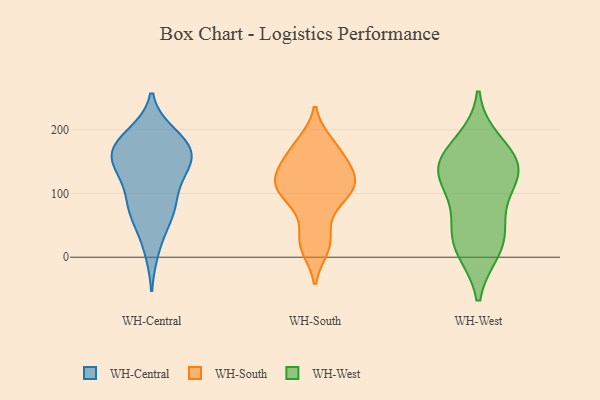
{"axis": {"x": "Backlog", "y": "Value"}, "legend": ["WH-Central", "WH-South", "WH-West"], "data": [{"x": "", "y": 72, "type": "WH-Central"}, {"x": "", "y": 150, "type": "WH-Central"}, {"x": "", "y": 55, "type": "WH-Central"}, {"x": "", "y": 151, "type": "WH-Central"}, {"x": "", "y": 107, "type": "WH-Central"}, {"x": "", "y": 192, "type": "WH-Central"}, {"x": "", "y": 131, "type": "WH-Central"}, {"x": "", "y": 173, "type": "WH-Central"}, {"x": "", "y": 185, "type": "WH-Central"}, {"x": "", "y": 141, "type": "WH-Central"}, {"x": "", "y": 12, "type": "WH-Central"}, {"x": "", "y": 169, "type": "WH-Central"}, {"x": "", "y": 155, "type": "WH-Central"}, {"x": "", "y": 79, "type": "WH-Central"}, {"x": "", "y": 81, "type": "WH-Central"}, {"x": "", "y": 180, "type": "WH-Central"}, {"x": "", "y": 95, "type": "WH-South"}, {"x": "", "y": 147, "type": "WH-South"}, {"x": "", "y": 181, "type": "WH-South"}, {"x": "", "y": 19, "type": "WH-South"}, {"x": "", "y": 177, "type": "WH-South"}, {"x": "", "y": 105, "type": "WH-South"}, {"x": "", "y": 129, "type": "WH-South"}, {"x": "", "y": 46, "type": "WH-South"}, {"x": "", "y": 13, "type": "WH-South"}, {"x": "", "y": 111, "type": "WH-South"}, {"x": "", "y": 132, "type": "WH-South"}, {"x": "", "y": 114, "type": "WH-South"}, {"x": "", "y": 88, "type": "WH-South"}, {"x": "", "y": 152, "type": "WH-South"}, {"x": "", "y": 131, "type": "WH-West"}, {"x": "", "y": 18, "type": "WH-West"}, {"x": "", "y": 154, "type": "WH-West"}, {"x": "", "y": 126, "type": "WH-West"}, {"x": "", "y": 68, "type": "WH-West"}, {"x": "", "y": 13, "type": "WH-West"}, {"x": "", "y": 145, "type": "WH-West"}, {"x": "", "y": 127, "type": "WH-West"}, {"x": "", "y": 179, "type": "WH-West"}, {"x": "", "y": 37, "type": "WH-West"}]}